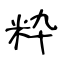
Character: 粋